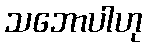
သဘောပါဟု